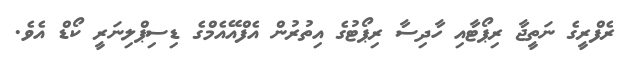
ރެފްރީގެ ނަތީޖާ ރިޕޯޓާއި ހާދިސާ ރިޕޯޓުގެ އިތުރުން އެފްއޭއެމްގެ ޑިސިޕްލިނަރީ ކޯޑް އެވެ.